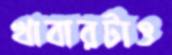
খাবারটাও